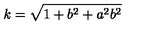
k = \sqrt { 1 + b ^ { 2 } + a ^ { 2 } b ^ { 2 } }